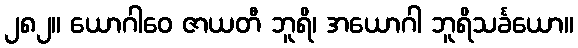
၂၈၂။ ယောဂါဝေ ဇာယတီ ဘူရိ၊ အယောဂါ ဘူရိသင်္ခယော။